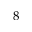
8 ^ { \circ }